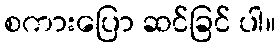
စကားပြော ဆင်ခြင် ပါ။